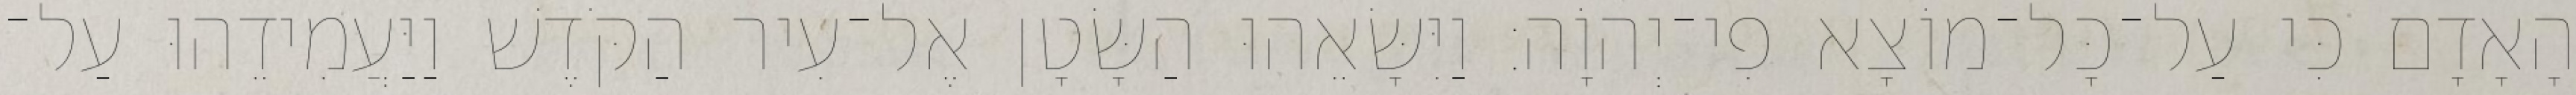
הָאָדָם כִּי עַל־כָּל־מוֹצָא פִי־יְהוָֹה׃ וַיִּשָּׂאֵהוּ הַשָּׂטָן אֶל־עִיר הַקֹּדֶשׁ וַיַּעֲמִידֵהוּ עַל־